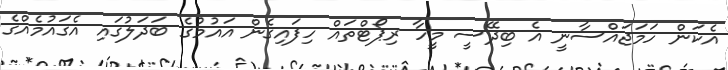
އެކަން ހަމަޖައްސާނީ އެ ބިދޭސީ މީހާ ރިޕޯޓްތައް ހިފައިގެން އައުމުގެ ބަދަލުގައި އެގައުމެއްގެ